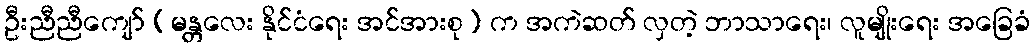
ဦးညီညီကျော် (မန္တလေး နိုင်ငံရေး အင်အားစု) က အကဲဆတ် လှတဲ့ ဘာသာရေး၊ လူမျိုးရေး အခြေခံ